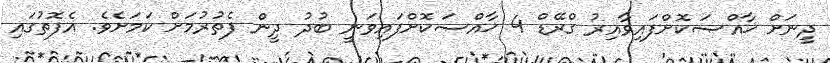
ދީނަށް ޚާއްޞަކޮށްފައިވާއިރު ގްރޭޑް 4 ޚާއްޞަކޮށްފައިވަނީ ބުދު ދީން ފެތުރުމަށް ކަމަށެވެ. އެފޮތުގައި